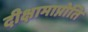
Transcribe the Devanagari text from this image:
दीक्षामाप्नोति